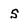
Character: s